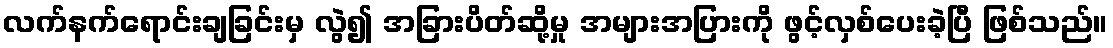
လက်နက်ရောင်းချခြင်းမှ လွဲ၍ အခြားပိတ်ဆို့မှု အများအပြားကို ဖွင့်လှစ်ပေးခဲ့ပြီ ဖြစ်သည်။